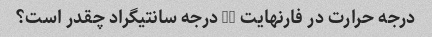
درجه حرارت در فارنهایت 10 درجه سانتیگراد چقدر است؟